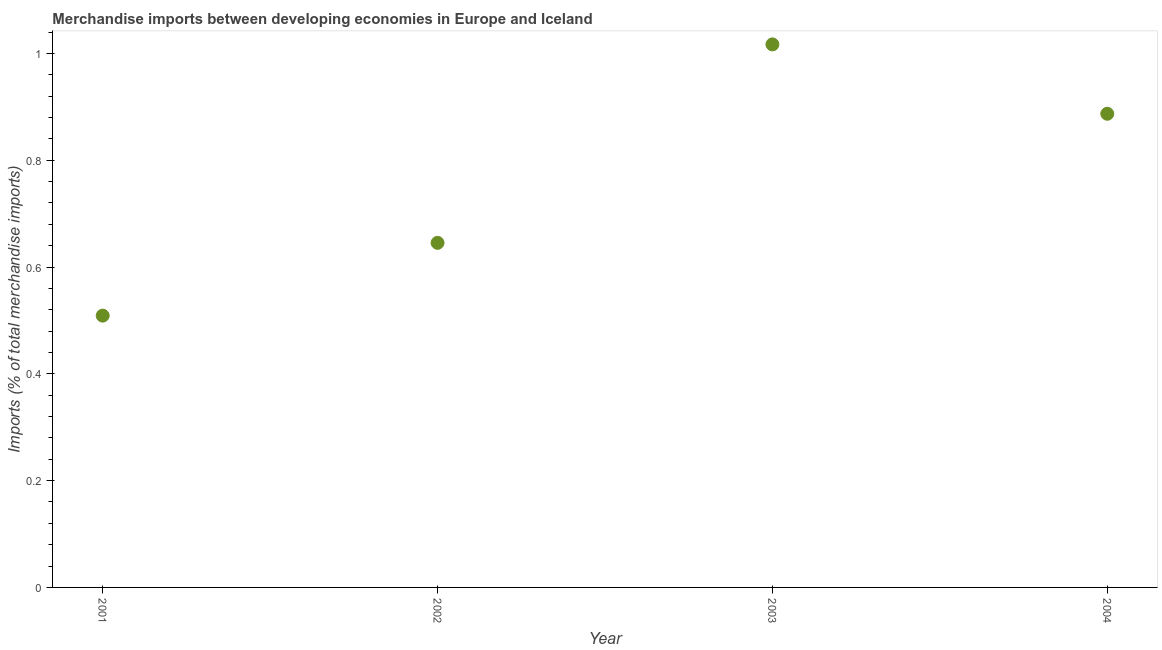
| Year | Merchandise imports |
 | --- | --- |
 | 2001 | 0.509 |
 | 2002 | 0.645 |
 | 2003 | 1.02 |
 | 2004 | 0.887 |